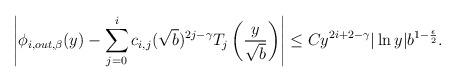
LaTeX: \begin{align*} \left| \phi_{i, out, \beta} (y) - \sum_{j=0}^i c_{i,j} (\sqrt{b})^{2j-\gamma} T_{j} \left( \frac{y}{\sqrt{b}} \right) \right| \le C y^{2i +2 -\gamma }|\ln y| b^{1-\frac{\epsilon}{2}}. \end{align*}